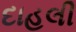
દાહલી